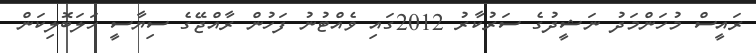
ރައީސް މުހަންމަދު ނަޝީދުގެ ސަރުކާރު 2012ގައި ވެއްޓުނު ފަހުން ރާއްޖޭގެ ސިޔާސީ ހަލަބޮލިކަން